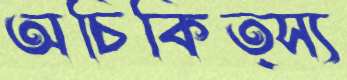
অচিকিত্স্য